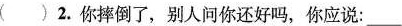
()2.你摔倒了，别人问你还好吗，你应说：___